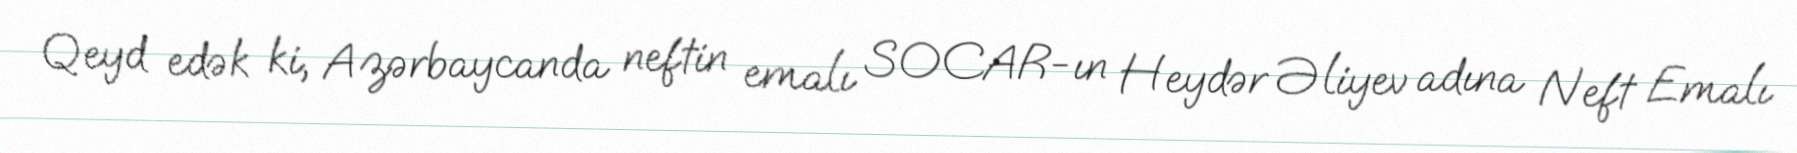
Qeyd edək ki, Azərbaycanda neftin emalı SOCAR-ın Heydər Əliyev adına Neft Emalı